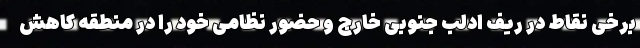
برخی نقاط در ریف ادلب جنوبی خارج و حضور نظامی خود را در منطقه کاهش